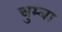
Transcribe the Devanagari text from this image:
चुम्बा